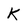
Character: K